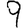
Digit: 9